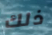
ذلك